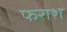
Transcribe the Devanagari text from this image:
फराश